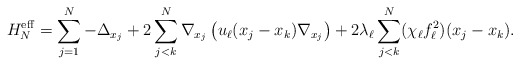
\begin{align*} H_N^\mathrm{eff}=\sum_{j=1}^N-\Delta_{x_j}+2\sum_{j<k}^N \nabla_{x_j}\left( u_\ell(x_j-x_k) \nabla_{x_j}\right) + 2\lambda_\ell \sum_{j<k}^N (\chi_\ell f_\ell^2)(x_j-x_k).\end{align*}